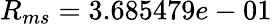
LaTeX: R_{ms}=3.685479e-01